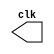
// ------------------------- 
// Exemplo0046 - PULSE (a cada 1/6 da frequencia)
// Nome: Eduardo Manoel 
// ------------------------- 

//-----------------------------
// -- CLOCK
//-----------------------------
module clock ( clk );
	output clk;
	reg clk;
	initial begin
	   clk = 1'b0;
	end
	
	always begin
	   #12 clk = ~clk;
	end
endmodule // clock ( )

// --------------------------- 
// -- PULSE: 12 peridos em 1 perdo do clock
// --------------------------- 
module pulse ( signal, clock ); 
	input clock; 
	output signal; 
	reg signal; 
	always @ ( clock ) 
	begin 
		signal = 1'b1; 
		#1 signal = 1'b0;
		#1 signal = 1'b1;
		#1 signal = 1'b0;
		#1 signal = 1'b1;
		#1 signal = 1'b0;
		#1 signal = 1'b1; 
		#1 signal = 1'b0;
		#1 signal = 1'b1;
		#1 signal = 1'b0;
		#1 signal = 1'b1;
		#1 signal = 1'b0;
	end 
endmodule // pulse 

//-----------------------------
// -- Modulo Principal - Exercicio0046
//-----------------------------
module Exemplo0046; 
	wire clock; 
	clock clk ( clock ); 
	wire p1; 
	pulse pls1 ( p1, clock ); 
	initial begin 
		$dumpfile ( "D:/DUMPFILES/Exemplo046.vcd" ); 
		$dumpvars ( 1, clock, p1); 
		#480 $finish; 
	end 
endmodule // Exemplo0046